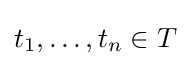
t_{1},\dots ,t_{n}\in T